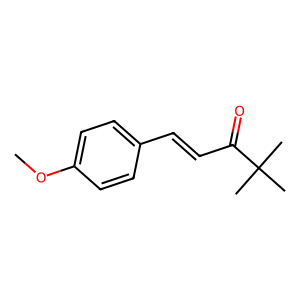
SMILES: COc1ccc(C=CC(=O)C(C)(C)C)cc1
Inhibits HIV replication: No